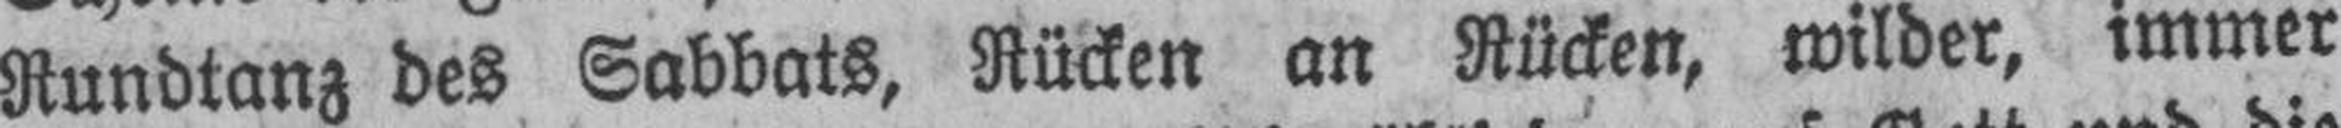
Rundtanz des Sabbats, Rücken an Rücken, wilder, immer